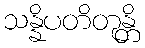
သန္နိပတိတုန္တိ